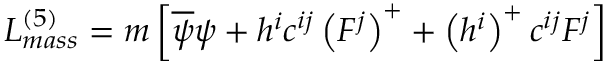
{ \cal L } _ { m a s s } ^ { ( 5 ) } = m \left[ \overline { { { \psi } } } \psi + h ^ { i } c ^ { i j } \left( F ^ { j } \right) ^ { + } + \left( h ^ { i } \right) ^ { + } c ^ { i j } F ^ { j } \right]